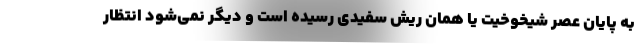
به پایان عصر شیخوخیت یا همان ریش سفیدی رسیده است و دیگر نمی‌شود انتظار